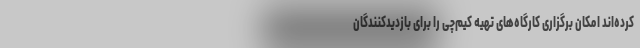
کرده‌اند امکان برگزاری کارگاه‌های تهیه کیم‌چی را برای بازدیدکنندگان